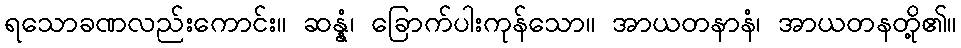
ရသောခဏလည်းကောင်း။ ဆန္နံ၊ ခြောက်ပါးကုန်သော။ အာယတနာနံ၊ အာယတနတို့၏။